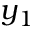
y _ { 1 }